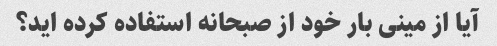
آیا از مینی بار خود از صبحانه استفاده کرده اید؟